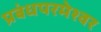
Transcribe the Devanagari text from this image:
प्रबंधपरमेश्वर